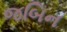
જબિન